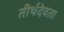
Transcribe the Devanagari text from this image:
तीर्थदेवता